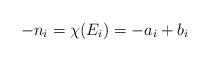
LaTeX: \begin{align*}-n_i=\chi(E_i)=-a_i+b_i\end{align*}